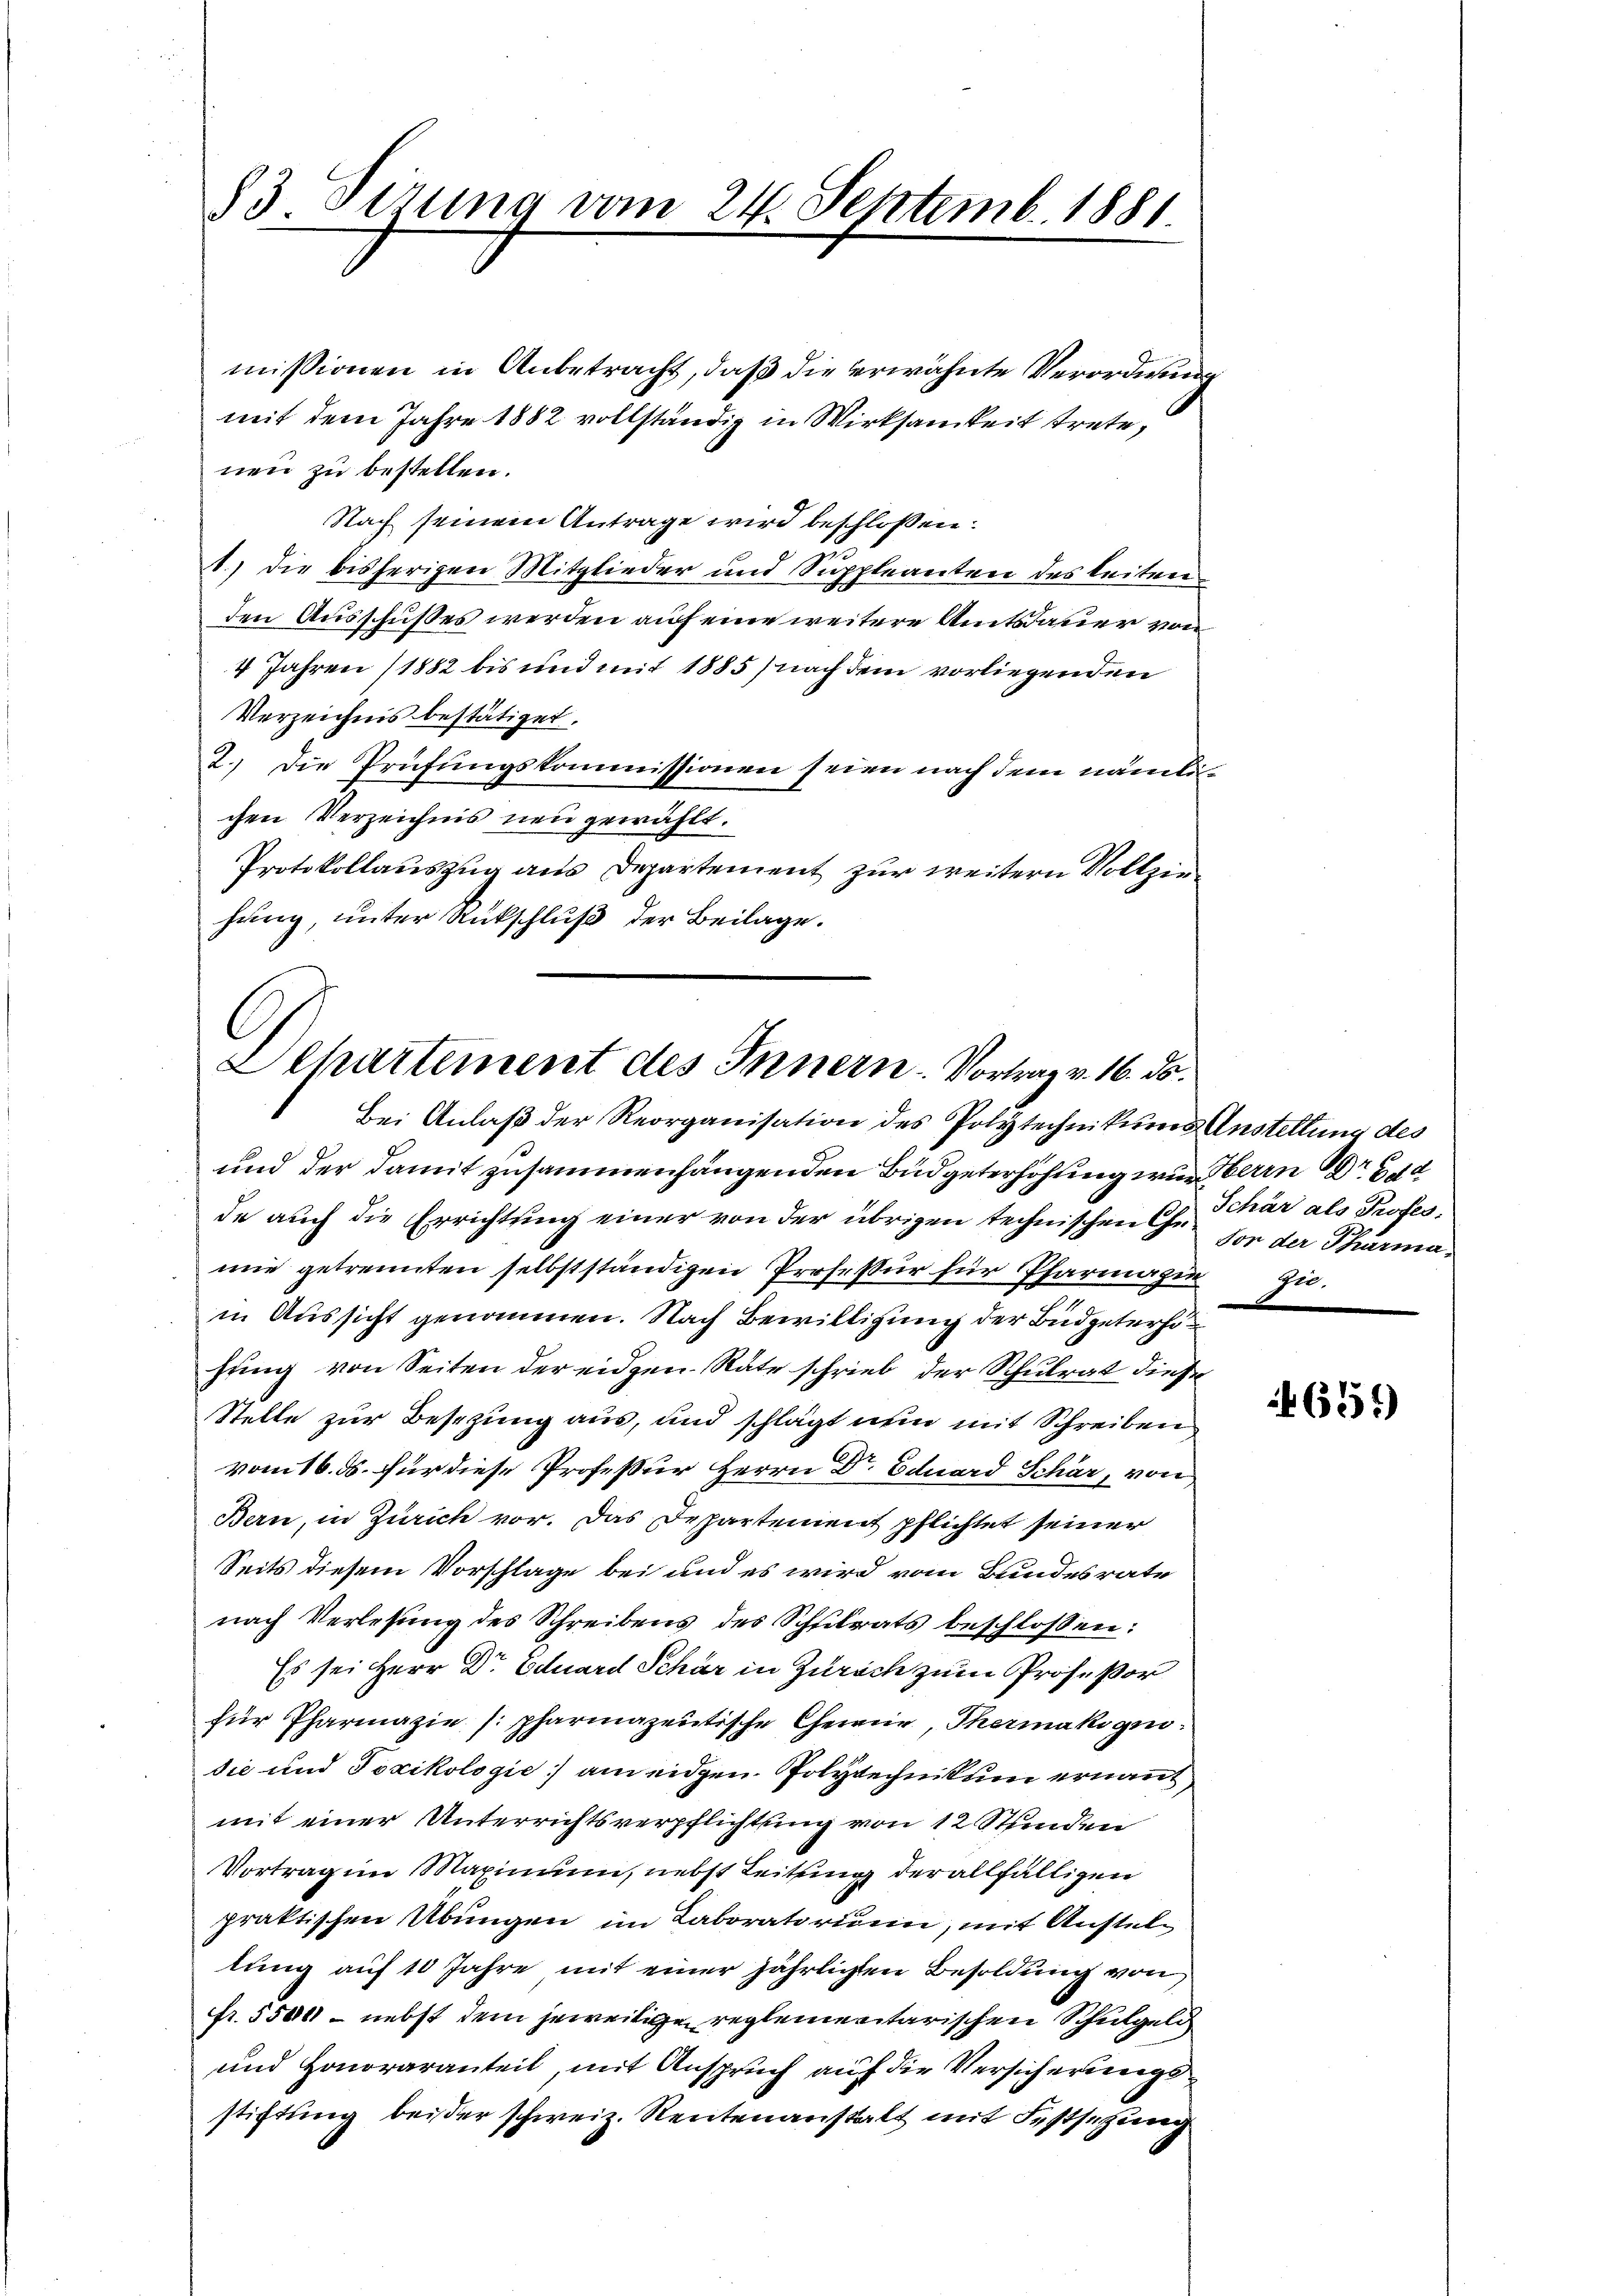
83 Titung vom 24. Septemb. 1881

missionen in Anbetracht, daß die erwähnte Verordnung
mit dem Jahre 1882 vollständig in Wirksamkeit trete,
nen zu bestellen.
Nach seinem Antrage wird beschlossen:
1.) Die bisherigen Mitglieder und Suppleanten des leiten
den Ausschußes werden auf eine weitere Amtsdauer von
4 Jahren (1882 bis und mit 1885) nach dem vorliegenden
Verzeichnis bestätiget.
2.) Die Prüfungskommissionen seien nach dem nämlic
chen Verzeichnis neu gewählt.
Protokollauszug aus Departement zur weitern Vollziehung, unter Rückschluß der Beilage.

Dehartement des Innern. Vortrag v. 16. ds.

Bei Anlaß der Reorganisation des Polytechnikums Anstellung des
und der damit zusammenhängenden Budgeterhöhung wird beren Dr G. d
de auch die Errichtung einer von der übrigen technischen Ge- Von der Pharmamie getrennten selbstständigen Professur für Pfarragie zu
.
in Aussicht genommen. Nach Bewilligung der Budgeterhöfung von Seiten der eidgen Rate schrieb der Schulrat diese
Stelle zur Besizung aus, und schlägt nun mit Schreiben
vom 16. ds. für diese Profeßur Herrn Dr. Eduard Schär, von
Bern, in Zürich vor. Das Departement pflichtet seiner
Seits diesem Vorschlage bei und es wird vom Bundesrate
nach Verlesung des Schreibens des Schulrats beschlossen:
Es sei Herr Dr Eduard Schär in Zürich zum Profeßor
für Pharmazie pharmazentische Chemie, Thermakogno-
die und Joxikologie am eidgen. Polytechnikum ernannt
mit einer Unterrichtsverpflichtung von 12 Stfinden
Vortrag im Maximum, nebst Leitung der allfälligen
praktischen Übungen im Laboratorum, mit Anstellung auf 10 Jahre, mit einer jährlichen Besoldung von
fr. 55000 - nebst dem jeweitige reglementarischen Schulgeld
und Honoraranteil, mit Anspruch auf die Versicherungsstiftung beider schweiz. Rentenanstalt mit Festsetzung

Schär als Profes.

654)